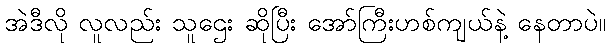
အဲဒီလို လူလည်း သူဌေး ဆိုပြီး အော်ကြီးဟစ်ကျယ်နဲ့ နေတာပဲ။